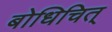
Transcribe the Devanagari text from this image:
बोधिचित्